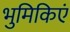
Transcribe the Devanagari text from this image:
भुमिकिएं